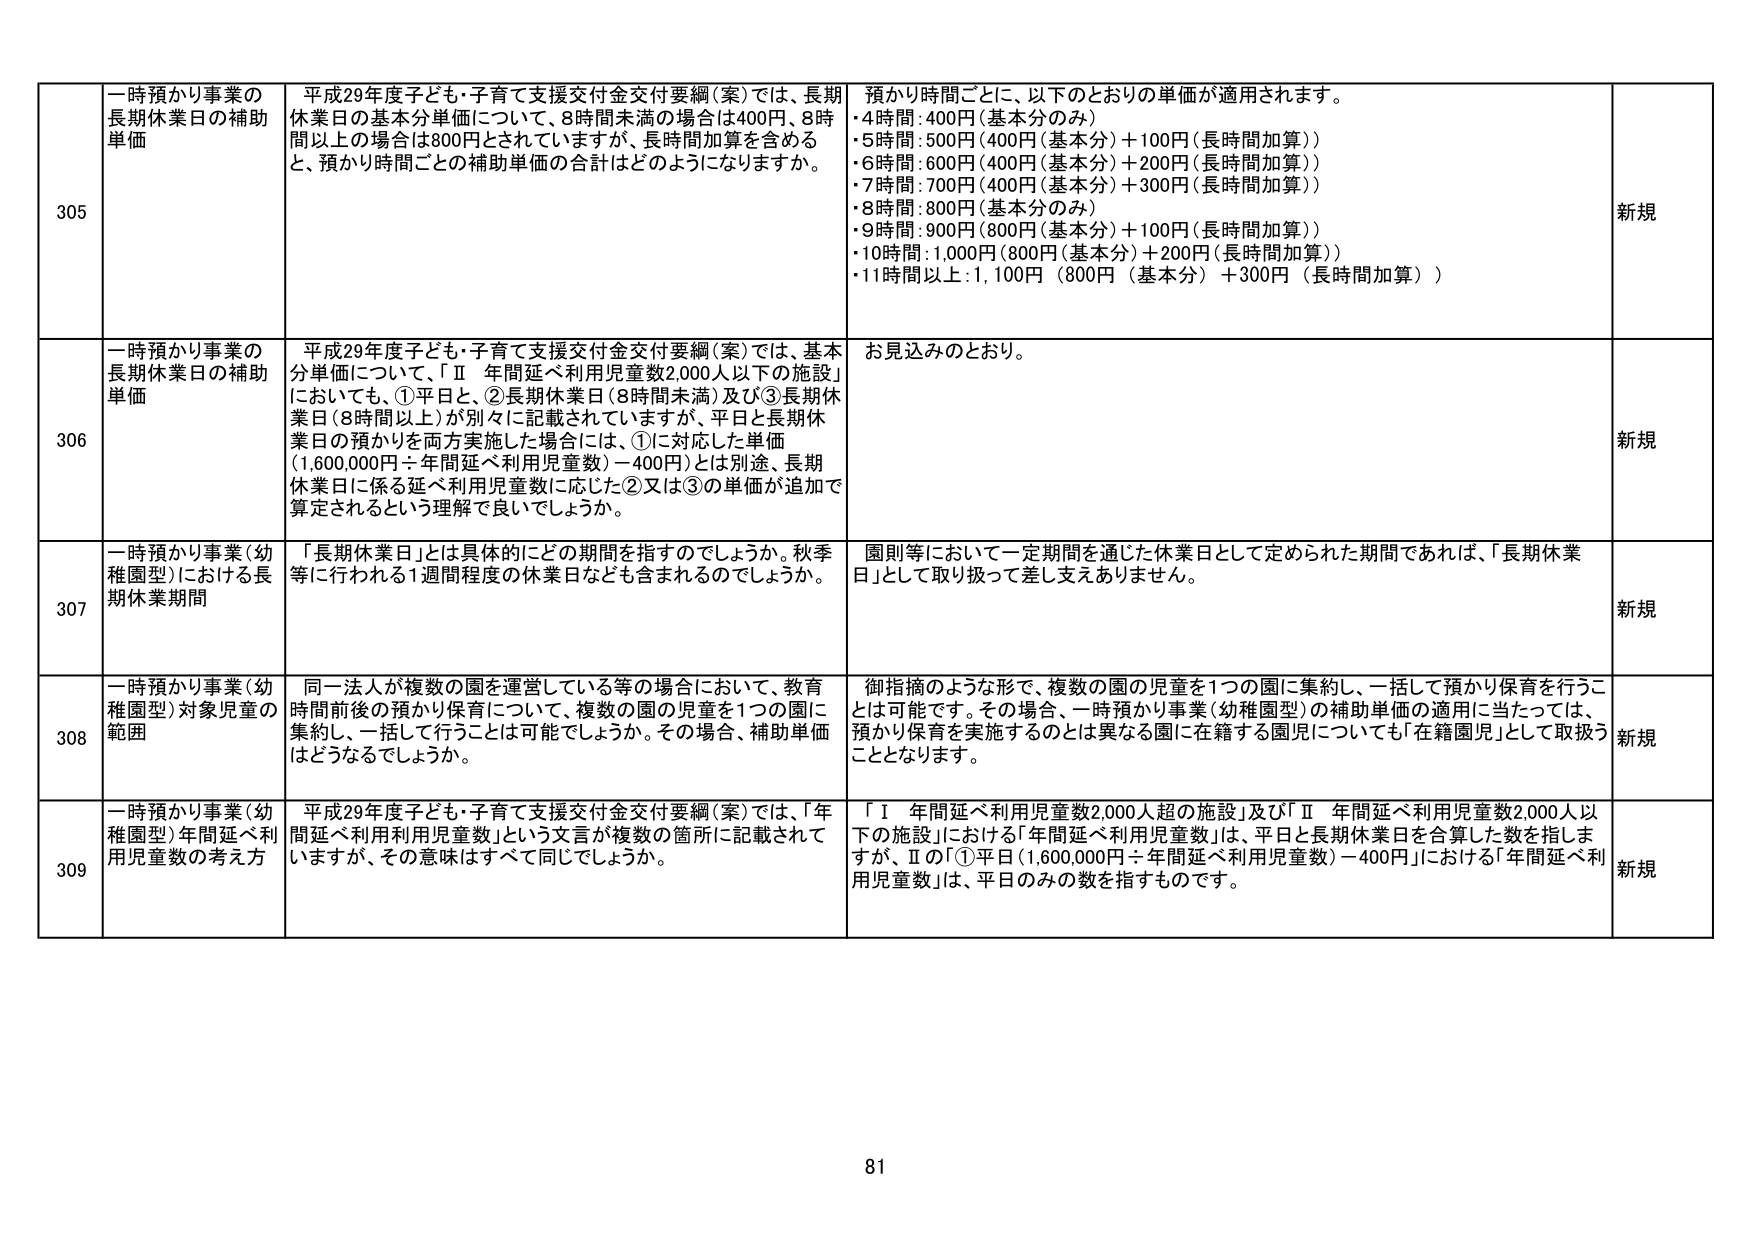
305 一時預かり事業の長期休業日の補助単価 平成29年度子ども・子育て支援交付金交付要綱（案）では、長期休業日の基本分単価について、8時間未満の場合は400円、8時間以上の場合には800円とされていますが、長時間加算を含めると、預かり時間ごとの補助単価の合計はどのようになりますか。 預かり時間ごとに、以下のとおりの単価が適用されます。 ・4時間：400円（基本分のみ） ・5時間：500円（400円（基本分）＋100円（長時間加算）） ・6時間：600円（400円（基本分）＋200円（長時間加算）） ・7時間：700円（400円（基本分）＋300円（長時間加算）） ・8時間：800円（基本分のみ） ・9時間：900円（800円（基本分）＋100円（長時間加算）） ・10時間：1,000円（800円（基本分）＋200円（長時間加算）） ・11時間以上：1,100円（800円（基本分）＋300円（長時間加算）） 新規

306 一時預かり事業の長期休業日の補助単価 平成29年度子ども・子育て支援交付金交付要綱（案）では、基本分単価について、「Ⅱ 年間延べ利用児童数2,000人以下の施設」においても、①平日と、②長期休業日（8時間未満）及び③長期休業日（8時間以上）が別々に記載されていますが、平日と長期休業日の預かりを両方実施した場合には、①に対応した単価（1,600,000円÷年間延べ利用児童数）－400円）とは別途、長期休業日に係る延べ利用児童数に応じた②又は③の単価が追加で算定されるという理解で良いでしょうか。 お見込みのとおり。 新規

307 一時預かり事業（幼稚園型）における長期休業期間 「長期休業日」とは具体的にどの期間を指すのでしょうか。秋季等に行われる1週間程度の休業日なども含まれるのでしょうか。 園則等において一定期間を通じた休業日として定められた期間であれば、「長期休業日」として取り扱って差し支えありません。 新規

308 一時預かり事業（幼稚園型）対象児童の範囲 同一法人が複数の園を運営している等の場合において、教育時間前後の預かり保育について、複数の園の児童を1つの園に集約し、一括して行うことは可能でしょうか。その場合、補助単価はどうなるでしょうか。 御指摘のような形で、複数の園の児童を1つの園に集約し、一括して預かり保育を行うことは可能です。その場合、一時預かり事業（幼稚園型）の補助単価の適用に当たっては、預かり保育を実施するのとは異なる園に在籍する園児についても「在籍園児」として取扱うこととなります。 新規

309 一時預かり事業（幼稚園型）年間延べ利用児童数の考え方 平成29年度子ども・子育て支援交付金交付要綱（案）では、「年間延べ利用利用児童数」という文言が複数の箇所に記載されていますが、その意味はすべて同じでしょうか。 「Ⅰ 年間延べ利用児童数2,000人超の施設」及び「Ⅱ 年間延べ利用児童数2,000人以下の施設」における「年間延べ利用児童数」は、平日と長期休業日を合算した数を指しますが、Ⅱの「①平日（1,600,000円÷年間延べ利用児童数）－400円」における「年間延べ利用児童数」は、平日のみの数を指すものです。 新規

81